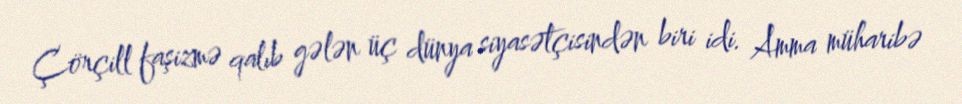
Çörçill faşizmə qalıb gələn üç dünya siyasətçisindən biri idi. Amma müharibə